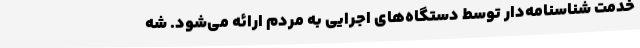
خدمت شناسنامه‌دار توسط دستگاه‌های اجرایی به مردم ارائه می‌شود. شه